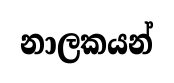
නාලකයන්